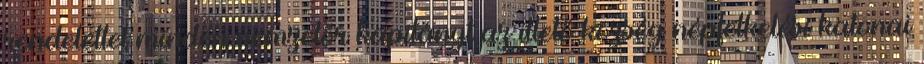
rendelettel minden nemzetőr kapitányt az illető község népfelkelési katonai